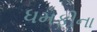
ધમકીના